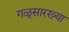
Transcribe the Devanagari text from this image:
गळूसारख्या